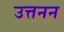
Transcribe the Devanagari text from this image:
उत्तनन